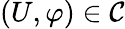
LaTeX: (U,\varphi)\in\mathcal{C}